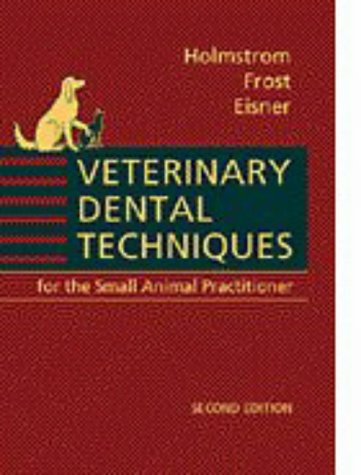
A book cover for Veterinary Dental Techniques: for the Small Animal Practitioner; Steven E. Holmstrom DVM; Medical Books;